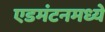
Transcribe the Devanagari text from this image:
एडमंटनमध्ये